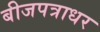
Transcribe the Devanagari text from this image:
बीजपत्राधर